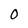
Character: 0